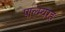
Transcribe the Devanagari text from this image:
पाल्म्यरह